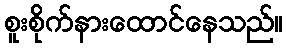
စူးစိုက်နားထောင်နေသည်။